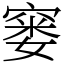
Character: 窭